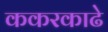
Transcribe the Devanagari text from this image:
ककरकाढे